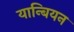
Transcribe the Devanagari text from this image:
यान्बियन